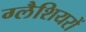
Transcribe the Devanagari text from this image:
ग्लैशियरों